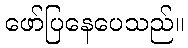
ဖော်ပြနေပေသည်။